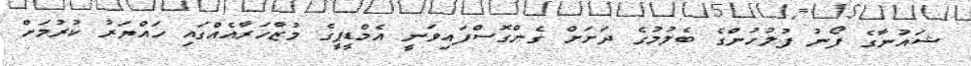
ޝައުނާގެ ފޯނު ފުލުހުންގެ ބެލުމުގެ ދަށަށް ގެންގޮސްފައިވަނީ އެމްޑީޕީގެ މުޒާހަރާއެއްގައި ހައްޔަރު ކުރުމަށް